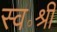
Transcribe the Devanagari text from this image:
स्व॰श्री